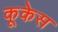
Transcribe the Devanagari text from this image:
कूकेस